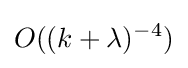
O((k+\lambda )^{-4})